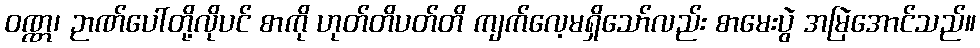
ဝဏ္ဏ၊ ဉာဏ်ပေါ်တို့လိုပင် စာကို ဟုတ်တိပတ်တိ ကျက်လေ့မရှိသော်လည်း စာမေးပွဲ အမြဲအောင်သည်။